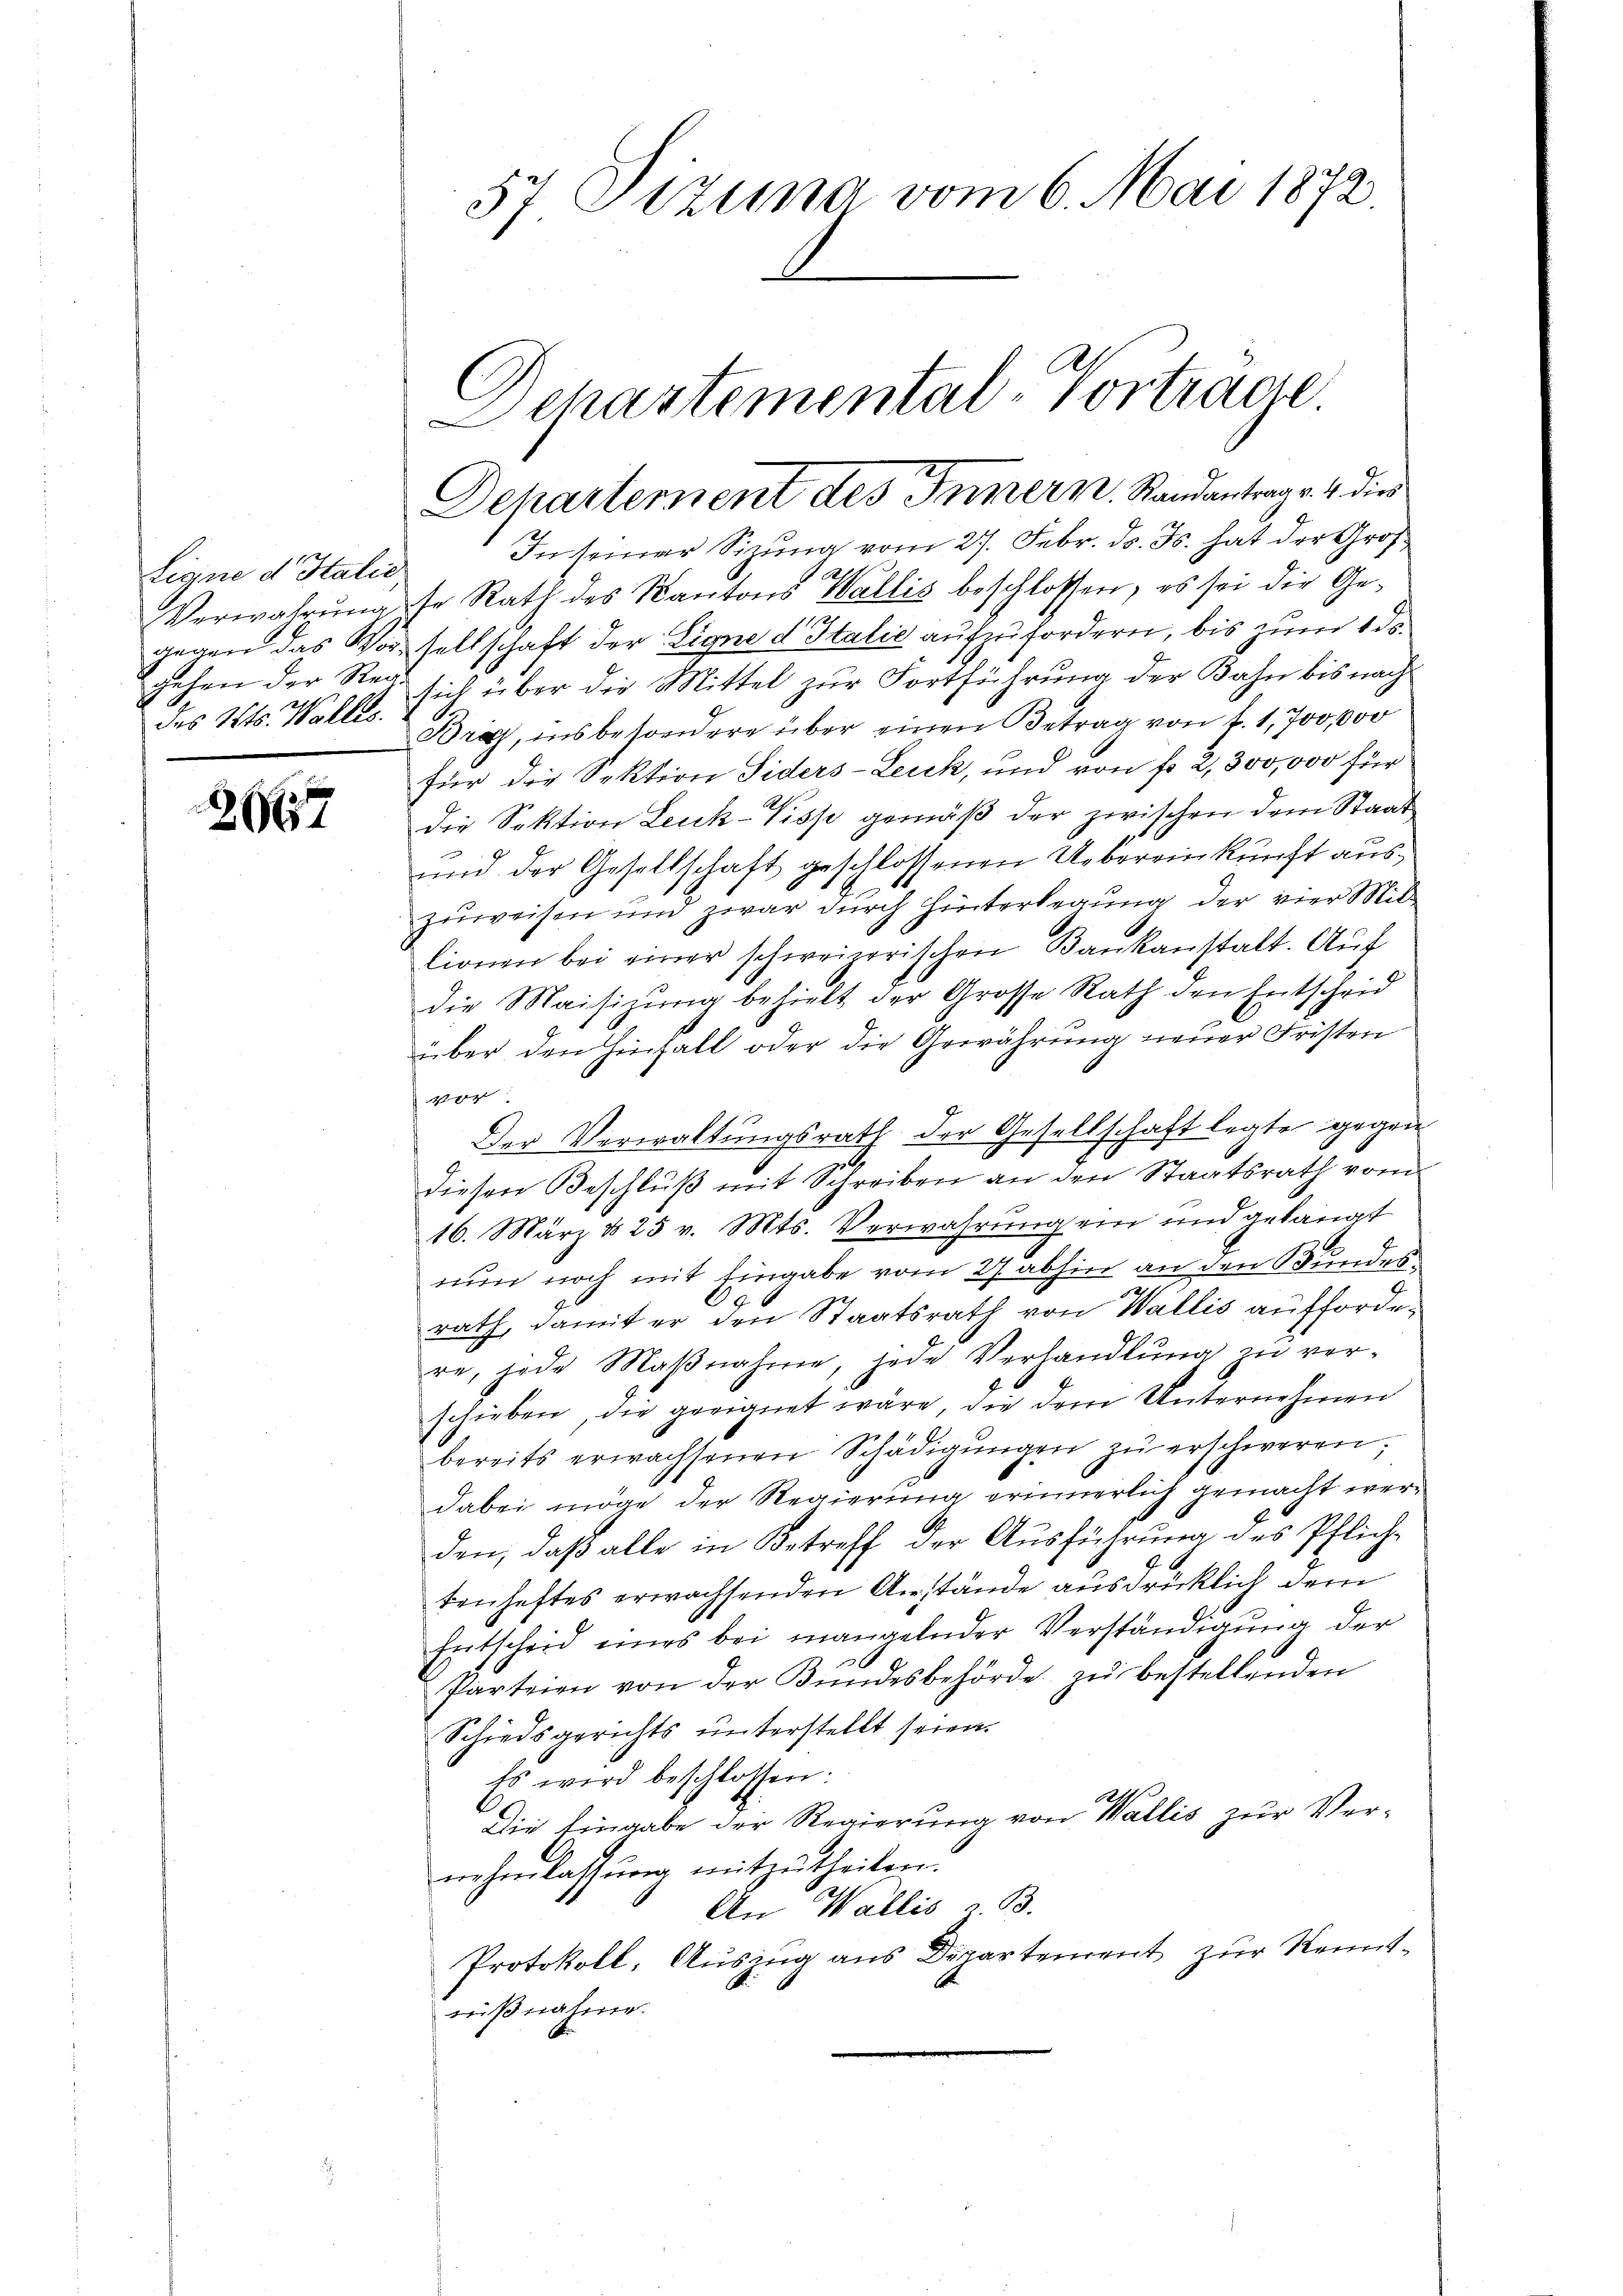
Eigne d Italie,
des Kts. Wallis.

267

57 Pizuna vom 6. Mai 1872.

Deharternent des Innern. Randantrag v. 4. dies

Schartemental-Vortrage

In seiner Sizŭng vom 27. Febr. d. Js. hat der Gros
e
Verwahrŭngs Rath des Kantons Wallis beschlossen, es sei die Ge-
gegen das Vorsellschaft der Eigne d Italić aufzufordern, bis zum 1 ds
gehen der Reg. sich über die Mittel zŭr Fortführŭng der Bahn bis nach
Brig, insbesondere über einen Betrag von f. 1,700,000
für die Sektion Siders-Leuk, und von fr. 2, 300,000 für
die Sektion Leuk-Visp gemäβ der zwischen dem Staat
und der Gesellschaft geschlossenen Uebereinkunft auszuweisen und zwar durch Hinterlegung der vier Mitlionen bei einer schweizerischen Bankanstalt. Auf
die Maisizung behielt der Grosse Rath den Entscheid
über den Hinfall oder die Gewährung neuer Fristen
g
Der Verwaltungsrath der Gesellschaft legte gegen
diesen Beschluß mit Schreiben an den Staatsrath vom
16. März d. 25 v. Mts. Verwahrung ein und gelangt
nun noch mit Eingabe vom 27. abhin an den Bundes¬
96
rath, damit er den Staatsrath von Wallis auffordere, jede Maβnahme, jede Verhandlŭng zŭ ver-
schieben, die geeignet wäre, die dem Unternehmen
bereits erwachsenen Schädigŭngen zu erschweren;
dabei möge der Regierung erinnerlich gemacht werden, daß alle in Betreff der Ausführung des Pflichtenheftes erwachsenden Anstände ausdrücklich dem
Entscheid eines bei mangelnder Verständigung der
Parteien von der Kundesbehörde zŭ bestellenden
Schiedsgerichts unterstellt seien.
Es wird beschlossen:
Die Eingabe der Regierung von Wallis zur Ver-
nehmlassung mitzutheilen.
An Wallis B.
Protokoll, Auszug aus Departement zur Kenntnißnahme.